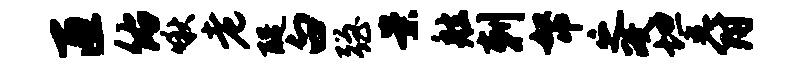
匝佑啾老醍白强案舷剌帑之政坦爵